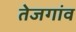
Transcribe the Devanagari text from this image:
तेजगांव